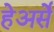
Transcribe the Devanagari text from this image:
हेअर्से